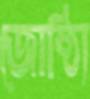
জোষ্ঠ্যি